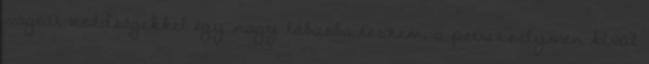
vágott zöldségekkel egy nagy lábasba teszem, a petrezselymen kívül